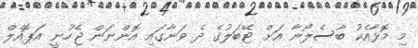
މި މޮޅާއެކު ބާސެލޯނާ އަށް ޓޭބަލުގެ ދެ ވަނާގައި އޮންނަން ޖެހުނީ އަޕޮއެލް